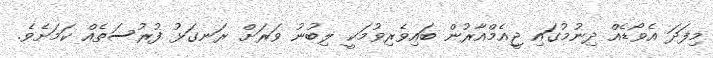
މިފަދަ އެވޯޑެއް ދިނުމުގައި ޖީއެމްއާރުން ބައިވެރިވުމަކީ ލިބުނު ވަރަށް ރަނގަޅު ފުރުސަތެއް ކަމަށެވެ.